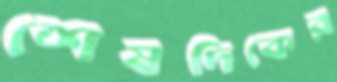
শেষদিকের